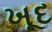
ખૂદ